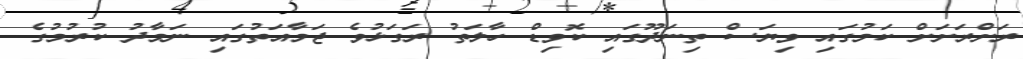
ރަށްރަށަށް ކަމުގައި ވިޔަސް ތިނަދޫގައި ކޮވިޑް ހާލަތު ރަގަޅުވެ ޖަމާއަތުގައި ނަމާދު ކުރުމުގެ